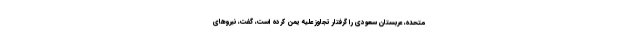
متحده، عربستان سعودی را گرفتار تجاوز علیه یمن کرده است، گفت، نیروهای